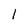
Character: 1